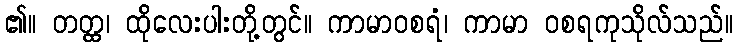
၏။ တတ္ထ၊ ထိုလေးပါးတို့တွင်။ ကာမာဝစရံ၊ ကာမာ ဝစရကုသိုလ်သည်။